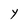
Character: Y